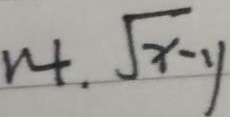
1 4 . \sqrt { x - y }